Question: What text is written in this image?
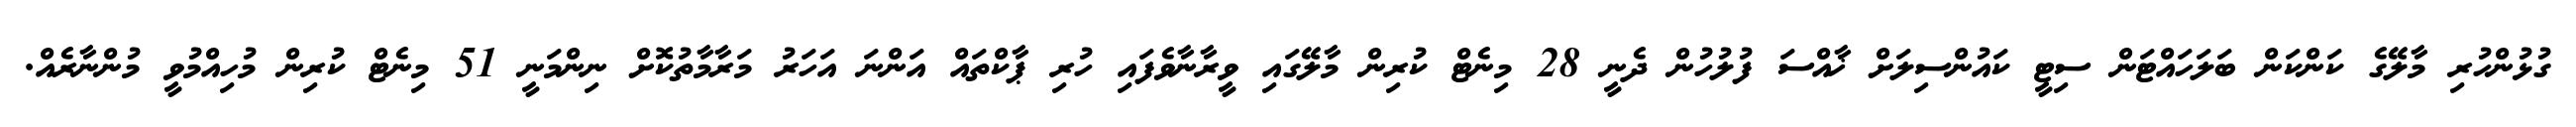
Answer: ގުޅުންހުރި މާލޭގެ ކަންކަން ބަލަހައްޓަން ސިޓީ ކައުންސިލަށް ޚާއްސަ ފުލުހުން ދެނީ 28 މިނެޓް ކުރިން މާލޭގައި ވީރާނާވެފައި ހުރި ޕާކްތައް އަންނަ އަހަރު މަރާމާތުކޮށް ނިންމަނީ 51 މިނެޓް ކުރިން މުހިއްމުވީ މުންނާރެއް.